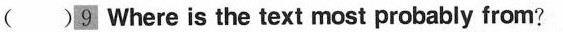
()9 Where is the text most probably from?